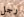
رجل